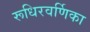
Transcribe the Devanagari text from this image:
रूधिरवर्णिका